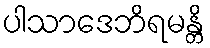
ပါသာဒေဘိရမန္တိ